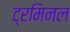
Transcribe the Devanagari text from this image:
ट्रमिनल